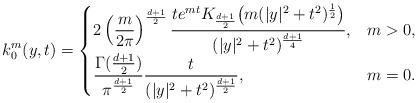
LaTeX: \begin{align*} k_{0}^{m}(y,t) = \begin{cases} \displaystyle 2 \left( \frac{m}{2\pi}\right)^{\frac{d+1}{2}}\frac{te^{mt} K_{\frac{d+1}{2}}\big(m(|y|^{2}+t^{2})^{\frac{1}{2}}\big )}{(|y|^{2}+t^{2})^{\frac{d+1}{4}}}, & m>0, \\ \displaystyle \frac{\Gamma (\tfrac{d+1}{2})}{\pi^{\frac{d+1}{2}}} \frac{t}{(|y|^{2}+t^{2})^{\frac{d+1}{2}}}, & m=0. \end{cases}\end{align*}